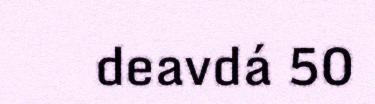
deavdá 50